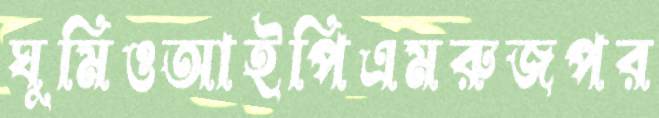
ঘুমিওআইপিএমরুজপর